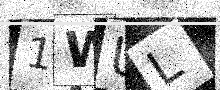
Text: 1WUL